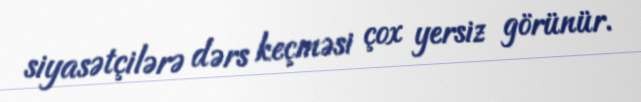
siyasətçilərə dərs keçməsi çox yersiz görünür.